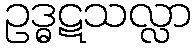
ဥဒ္ဓဋသလ္လာ